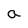
Character: a